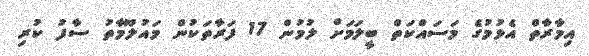
އިމާރާތް އެޅުމުގެ މަސައްކަތް ބީލަމަށް ލުމުން 17 ފަރާތަކުން މައުލޫމާތު ސާފު ކުރި